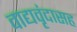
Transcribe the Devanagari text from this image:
वाद्यवृंदासह